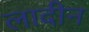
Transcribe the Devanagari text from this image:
लादीन